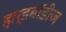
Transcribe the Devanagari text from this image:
हार्डबॉडीज